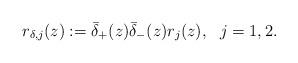
LaTeX: \begin{align*}r_{\delta,j}(z):=\bar{\delta}_+(z) \bar{\delta}_-(z) r_{j}(z), \ \ j=1,2.\end{align*}